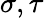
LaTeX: \sigma,\tau